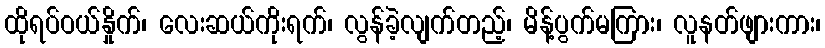
ထိုရပ်ဝယ်နှိုက်၊ လေးဆယ်ကိုးရက်၊ လွန်ခဲ့လျက်တည့်၊ မိန့်ပွက်မကြား၊ လူနတ်ဖျားကား၊